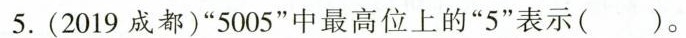
5.(2019成都)”5005”中最高位上的”5”表示( )。